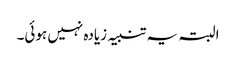
البتہ یہ تنبیہ زیادہ نہیں ہوئی۔